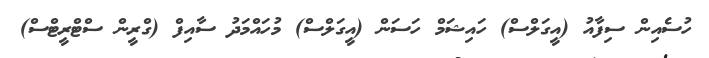
ހުސެއިން ސިފާއު (އީގަލްސް) ހައިޝަމް ހަސަން (އީގަލްސް) މުހައްމަދު ސާއިފް (ގްރީން ސްޓްރީޓްސް)